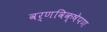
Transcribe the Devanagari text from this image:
वर्णविक्षेपण